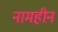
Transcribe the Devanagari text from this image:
नामहीन